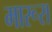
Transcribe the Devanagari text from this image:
मारूरा